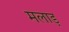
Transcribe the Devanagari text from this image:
मलाड़